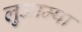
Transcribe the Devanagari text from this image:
लुआम्पा